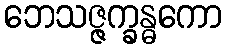
ဘေသဇ္ဇက္ခန္ဓကော